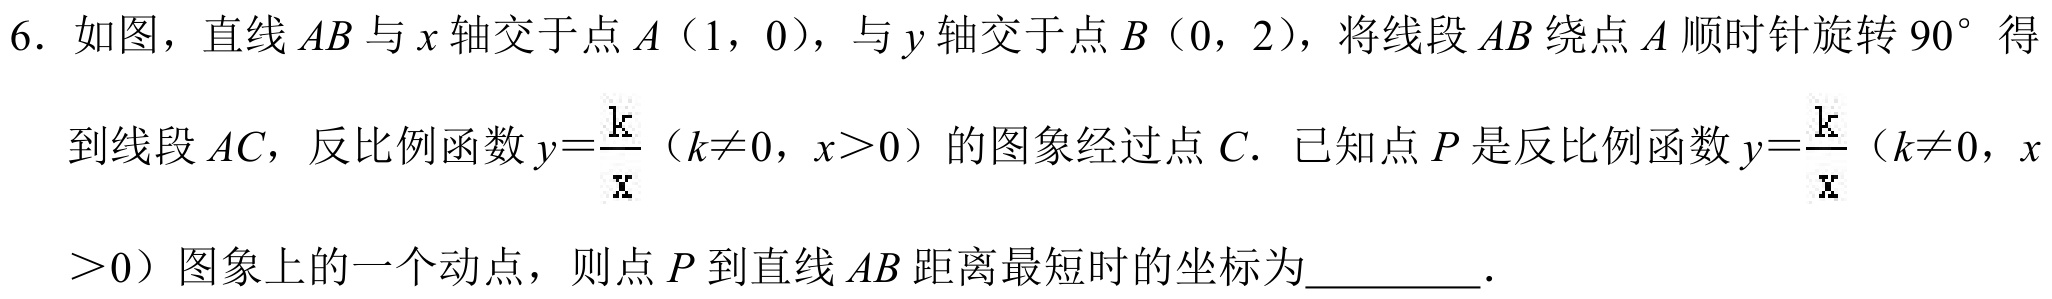
6. 如图，直线$AB$与$x$轴交于点$A(1,0)$，与$y$轴交于点$B(0,2)$，将线段$AB$绕点$A$顺时针旋转$90^{\circ}$得到线段$AC$，反比例函数$y = \frac{k}{x}$（$k\neq0$，$x > 0$）的图象经过点$C$. 已知点$P$是反比例函数$y=\frac{k}{x}$（$k\neq0$，$x>0$）图象上的一个动点，则点$P$到直线$AB$距离最短时的坐标为 .